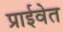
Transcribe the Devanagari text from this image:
प्राईवेत